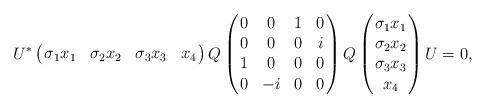
LaTeX: \begin{align*} U^* \left(\!\!\begin{array}{cccc} \sigma_1 x_1 & \sigma_2 x_2 & \sigma_3 x_3 & x_4 \end{array}\!\!\right) Q \left(\!\!\begin{array}{cccc} 0 & 0 & 1 & 0 \\ 0 & 0 & 0 & i \\1 & 0 & 0 & 0 \\ 0 & -i & 0 & 0 \end{array}\!\!\right)Q \left(\!\!\begin{array}{c} \sigma_1 x_1 \\ \sigma_2 x_2 \\ \sigma_3 x_3 \\ x_4 \end{array}\!\!\right) U = 0,\end{align*}